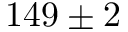
1 4 9 \pm 2